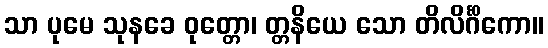
သာ ပုမေ သုနခေ ဝုတ္တော၊ တ္တနိယေ သော တိလိင်္ဂိကော။